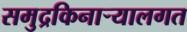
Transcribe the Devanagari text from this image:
समुद्रकिनार्‍यालगत